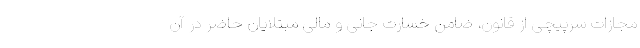
مجازات سرپیچی از قانون، ضامن خسارت جانی و مالی مبتلایان حاضر در آن